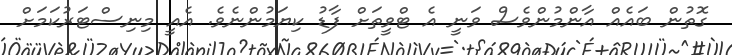
ގޮތުން ބައެއް އާންމުންވެސް ވަނީ އެ ޓްވީތަށް ފާޑު ކިޔަމުންނެވެ. އެއީ މިނިސްޓަރުކަމަށް